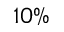
1 0 \%